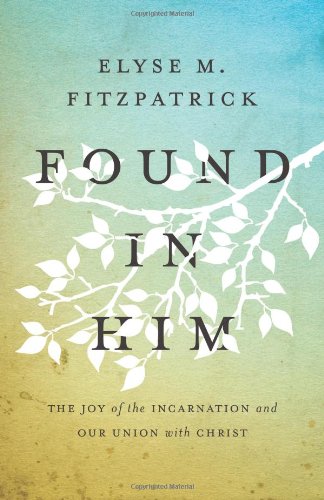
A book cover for Found in Him: The Joy of the Incarnation and Our Union with Christ; Elyse M. Fitzpatrick; Christian Books & Bibles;